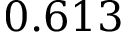
0 . 6 1 3